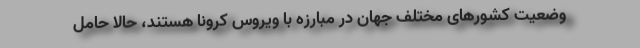
وضعیت کشورهای مختلف جهان در مبارزه با ویروس کرونا هستند، حالا حامل